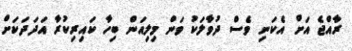
ރާއްޖެ އަށް އެކަނި ވެސް ދުވާލަކު ވަން މިލިއަން ބިހާ ކައިރިކުރާ އަދަދަކަށް